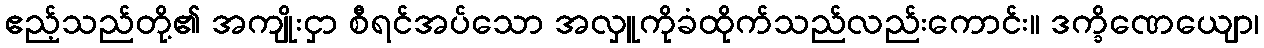
ဧည့်သည်တို့၏ အကျိုးငှာ စီရင်အပ်သော အလှူကိုခံထိုက်သည်လည်းကောင်း။ ဒက္ခိဏေယျော၊